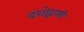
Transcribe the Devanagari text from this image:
दंशोद्गामी